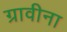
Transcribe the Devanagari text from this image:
ग्रावीना